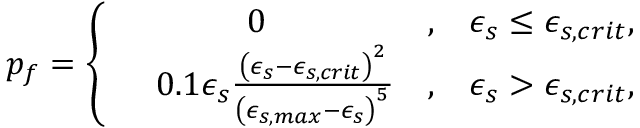
\begin{array} { r } { p _ { f } = \left\{ \begin{array} { r l r l } & { ~ ~ ~ ~ ~ ~ ~ ~ 0 } & { , } & { \epsilon _ { s } \le \epsilon _ { s , c r i t } , } \\ & { 0 . 1 \epsilon _ { s } \frac { \left( \epsilon _ { s } - \epsilon _ { s , c r i t } \right) ^ { 2 } } { \left( \epsilon _ { s , m a x } - \epsilon _ { s } \right) ^ { 5 } } } & { , } & { \epsilon _ { s } > \epsilon _ { s , c r i t } , } \end{array} \right. } \end{array}